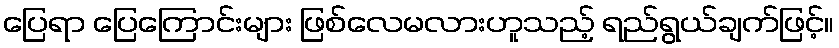
ပြေရာ ပြေကြောင်းများ ဖြစ်လေမလားဟူသည့် ရည်ရွယ်ချက်ဖြင့်။